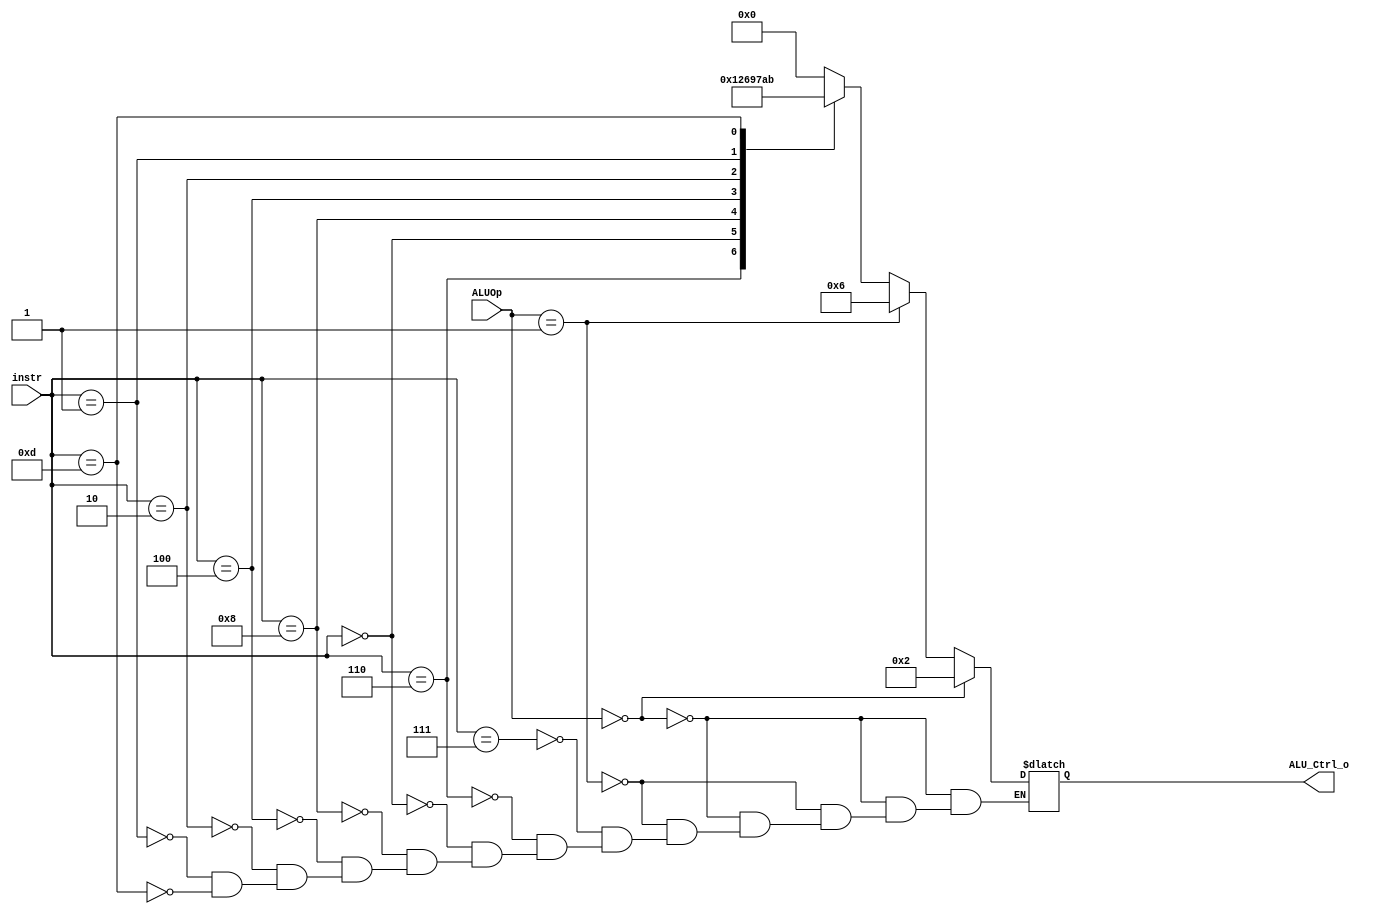
/***************************************************
Student Name: 08122030816162
Student ID: 
***************************************************/

`timescale 1ns/1ps

module ALU_Ctrl(
	input	[4-1:0]	instr,
	input	[2-1:0]	ALUOp,
	output	reg [4-1:0] ALU_Ctrl_o
	);
	
/* Write your code HERE */

	// instr [30][14][13][12]

	always @(*) begin
		if(ALUOp == 2'b00)
			ALU_Ctrl_o = 4'b0010;

		else if (ALUOp == 2'b01)
			ALU_Ctrl_o = 4'b0110;

		else begin
			case(instr)
				4'b0111:	ALU_Ctrl_o = 4'b0000;	// and
				4'b0110:	ALU_Ctrl_o = 4'b0001;	// or
				4'b0000:	ALU_Ctrl_o = 4'b0010;	// add
				4'b1000:	ALU_Ctrl_o = 4'b0110;	// sub
				4'b0100:	ALU_Ctrl_o = 4'b1001;	// xor
				4'b0010:	ALU_Ctrl_o = 4'b0111;	// slt
				4'b0001:	ALU_Ctrl_o = 4'b1010;	// sll
				4'b1101:	ALU_Ctrl_o = 4'b1011;	// sra
			endcase
		end
	end

endmodule